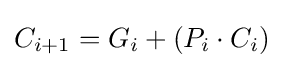
C_{i+1}=G_{i}+(P_{i}\cdot C_{i})